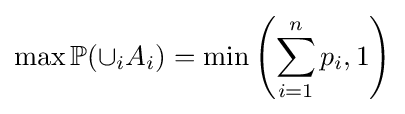
\displaystyle \max \mathbb {P} (\displaystyle {\cup }_{i}A_{i})=\displaystyle \min \left(\sum _{i=1}^{n}p_{i},1\right)